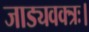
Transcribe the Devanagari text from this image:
जाड्यवक्त्रः।